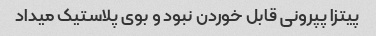
پیتزا پپرونی قابل خوردن نبود و بوی پلاستیک میداد